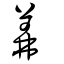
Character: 羛